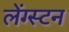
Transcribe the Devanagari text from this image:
लेंग्स्टन